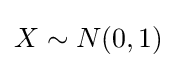
X\sim N(0,1)